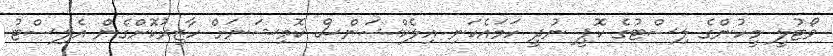
ވޯޓުލީ މީހުންގެ ލިސްޓުގެ ކޮޕީ ނުދީ ހަމައެކަނި އިލެކްޝަންސް ކޮމިޝަނަށް ހާޒިރުކޮށްގެން އެލިސްޓު